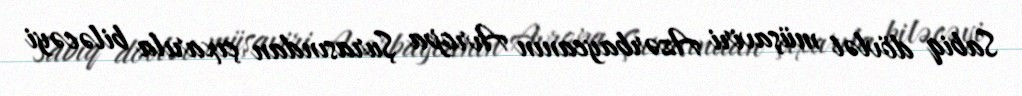
Sabiq dövlət müşaviri Azərbaycanın Avropa Şurasından çıxarıla biləcəyi